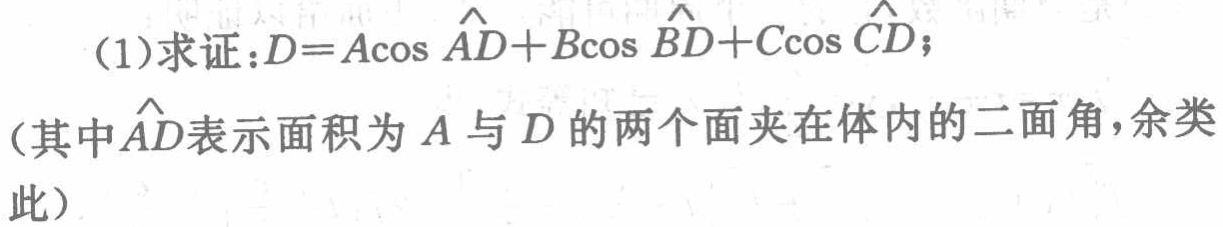
(1)求证：\(D = A\cos\widehat{AD}+B\cos\widehat{BD}+C\cos\widehat{CD}\)；
(其中\(\widehat{AD}\)表示面积为 \(A\) 与 \(D\) 的两个面夹在体内的二面角，余类此）